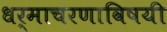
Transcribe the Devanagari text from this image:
धर्माचरणाविषयी